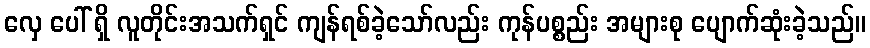
လှေ ပေါ် ရှိ လူတိုင်းအသက်ရှင် ကျန်ရစ်ခဲ့သော်လည်း ကုန်ပစ္စည်း အများစု ပျောက်ဆုံးခဲ့သည်။